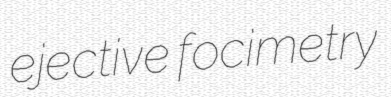
ejective focimetry